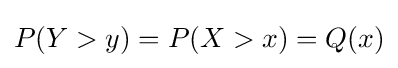
P(Y>y)=P(X>x)=Q(x)